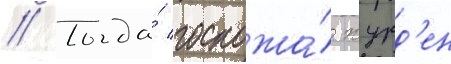
// Тогда́ госпожа́ журд'ен